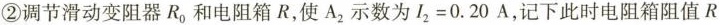
②调节滑动变阻器R_{0}和电阻箱R，使A_{2}示数为$$I_{2}=0.20A$$，记下此时电阻箱阻值R